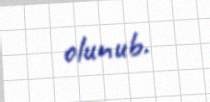
olunub.